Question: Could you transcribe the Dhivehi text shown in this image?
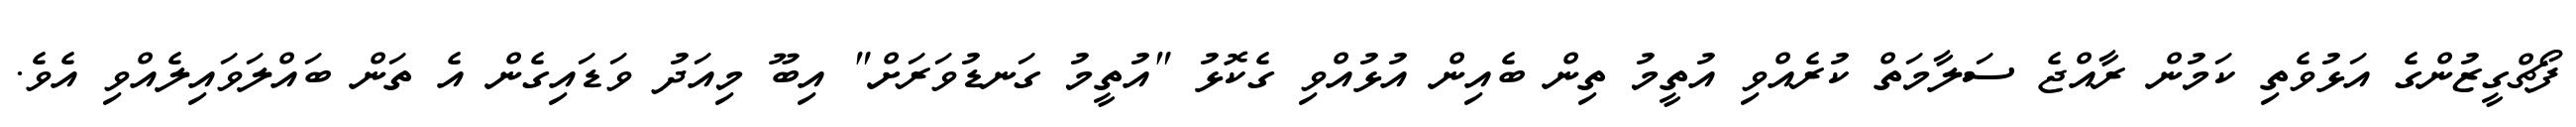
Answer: ފޯޗްގީޒުންގެ އަޅުވެތި ކަމުން ރާއްޖެ ސަލާމަތް ކުރެއްވި އުތީމު ތިން ބެއިން އުޅުއްވި ގެކޮޅު "އުތީމު ގަނޑުވަރަށް" އިބޫ މިއަދު ވަޑައިގެން އެ ތަން ބައްލަވައިލެއްވި އެވެ.